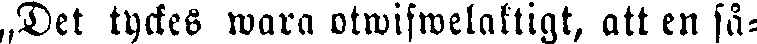
„Det tyckes wara otwifwelaktigt, att en så-